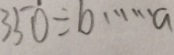
3 5 0 \div b \cdots a